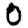
Digit: 0